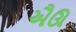
ઐઊ